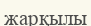
жарқылы